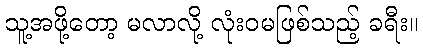
သူ့အဖို့တော့ မလာလို့ လုံးဝမဖြစ်သည့် ခရီး။